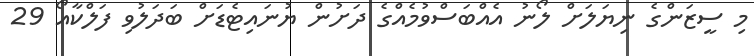
މި ސީޒަންގެ ނިޔަލަށް ލޯނު އެއްބަސްވުމެއްގެ ދަށުން ޔުނައިޓެޑަށް ބަދަލުވި ފަލްކާއޯ 29